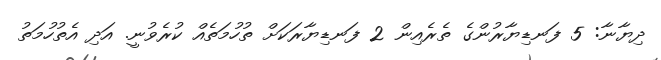
ދިޔާނާ: 5 ފަނޑިޔާރުންގެ ތެރެއިން 2 ފަނޑިޔާރަކަށް ތުހުމަތެއް ކުރެވުނީ. އަދި އެތުހުމަތު